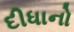
દીધાનો